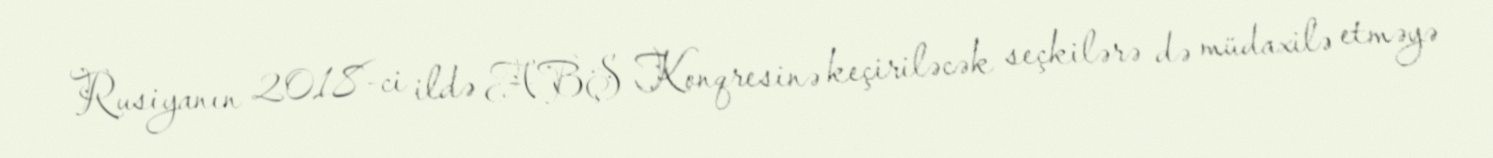
Rusiyanın 2018-ci ildə ABŞ Konqresinə keçiriləcək seçkilərə də müdaxilə etməyə